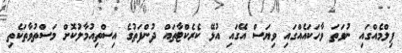
ފިލްމެއްގައި ނުވަތަ ވާހަކައެއްގައި ވިޔަސް އޭގައި އުޅޭ ކެރެކްޓާތައް ދުންފަތުގެ އިސްތިއުމާލުކޮށް މަސްތުވާތަކެތި